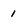
Character: 1